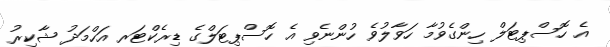
އެ ހޮސްޕިޓަލް ހިންގެވުމާ ހަވާލުވެ ހުންނެވި އެ ހޮސްޕިޓަލްގެ ޑިރެކްޓަރ އަހްމަދު ޝާކިރު